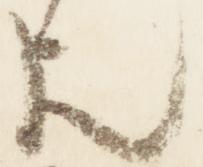
歟